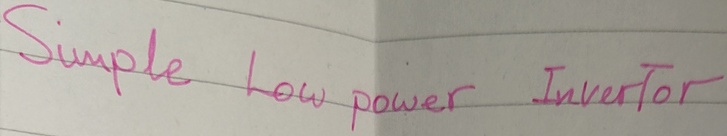
Text: Simple Low power Invertor